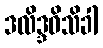
ဒလိဒ္ဒဝိသိခါ